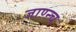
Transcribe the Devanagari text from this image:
जाण्न्च